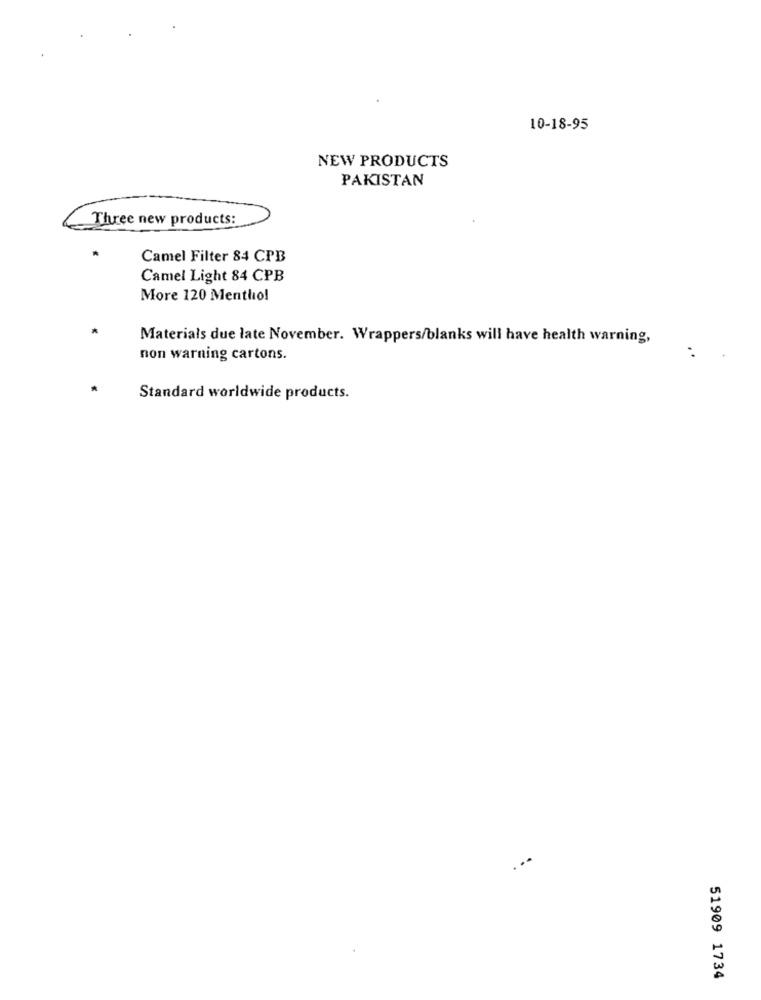
10-18-95
NEW PRODUCTS
PAKISTAN
Three new products:
Camel Filter 84 CPB
Camel Light 84 CPB
More 120 Menthol
Materials due late November. Wrappers/blanks will have health warning,
..
non warning cartons.
Standard worldwide products.
51909 1734